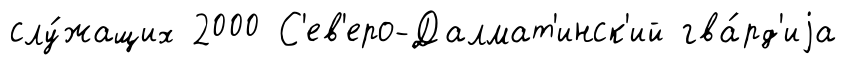
слу́жащих 2000 С'ев'еро-Далмат'инск'ий гва́рд'иjа